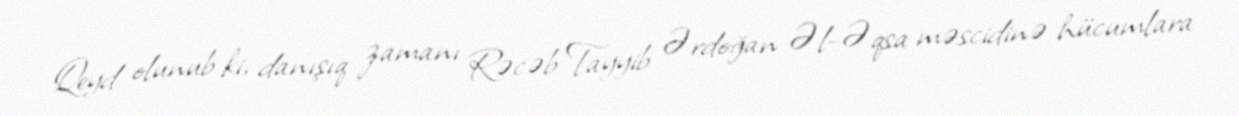
Qeyd olunub ki, danışıq zamanı Rəcəb Tayyib Ərdoğan Əl-Əqsa məscidinə hücumlara